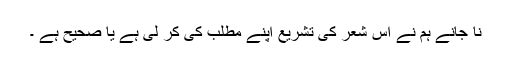
نا جانے ہم نے اس شعر کی تشریع اپنے مطلب کی کر لی ہے یا صحیح ہے ۔